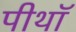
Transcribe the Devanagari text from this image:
पीथॉ